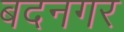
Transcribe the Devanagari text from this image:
बदनगर